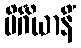
ပိင်္ဂိယာနိံ